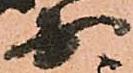
少